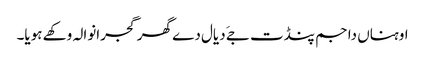
اوہناں دا جم پنڈت جےَ دیال دے گھر گجرانوالہ وکھے ہویا۔